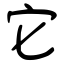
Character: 它